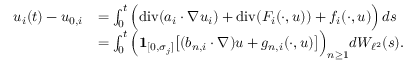
\begin{array} { r l } { u _ { i } ( t ) - u _ { 0 , i } } & { = \int _ { 0 } ^ { t } \Big ( \normalfont { \mathrm { d i v } } ( a _ { i } \cdot \nabla u _ { i } ) + \normalfont { \mathrm { d i v } } ( F _ { i } ( \cdot , u ) ) + f _ { i } ( \cdot , u ) \Big ) \, d s } \\ & { = \int _ { 0 } ^ { t } \Big ( { { \bf 1 } } _ { [ 0 , \sigma _ { j } ] } \big [ ( b _ { n , i } \cdot \nabla ) u + g _ { n , i } ( \cdot , u ) \big ] \Big ) _ { n \geq 1 } d W _ { \ell ^ { 2 } } ( s ) . } \end{array}